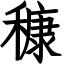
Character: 穅